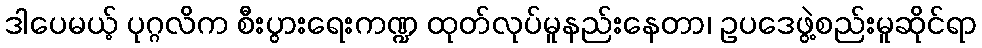
ဒါပေမယ့် ပုဂ္ဂလိက စီးပွားရေးကဏ္ဍ ထုတ်လုပ်မူနည်းနေတာ၊ ဥပဒေဖွဲ့စည်းမူဆိုင်ရာ